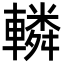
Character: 轔